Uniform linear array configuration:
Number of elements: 32
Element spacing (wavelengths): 0.25
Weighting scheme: hann
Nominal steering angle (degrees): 60
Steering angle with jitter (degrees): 61.764
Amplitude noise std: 0.05
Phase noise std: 0.05

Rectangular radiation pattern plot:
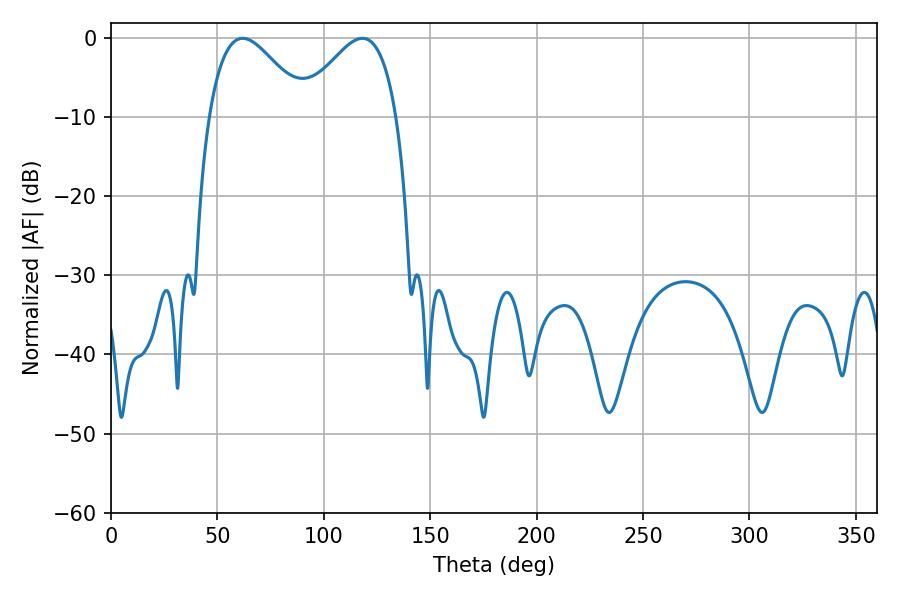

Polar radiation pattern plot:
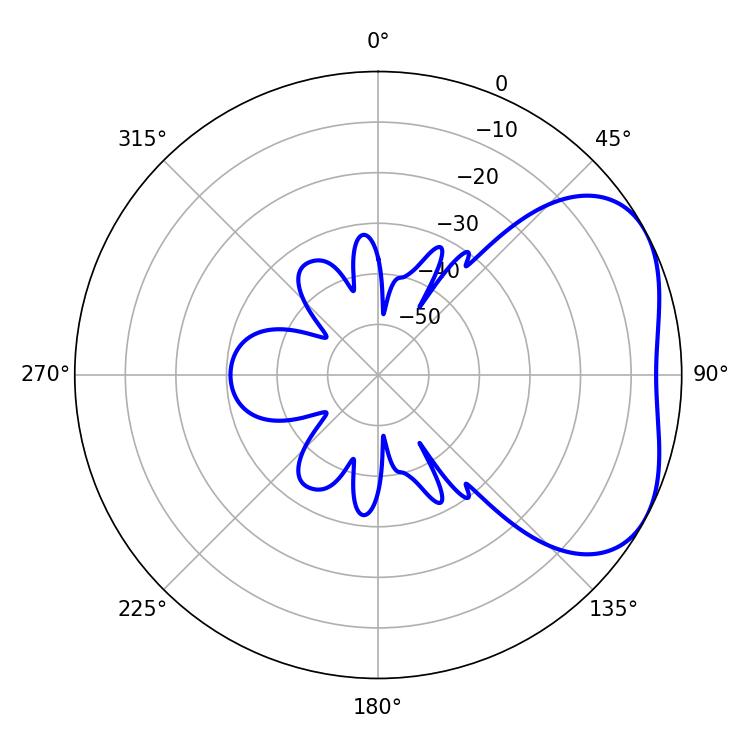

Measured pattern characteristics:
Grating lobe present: FALSE
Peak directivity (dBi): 3.808
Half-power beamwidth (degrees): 24.66
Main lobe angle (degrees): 61.92